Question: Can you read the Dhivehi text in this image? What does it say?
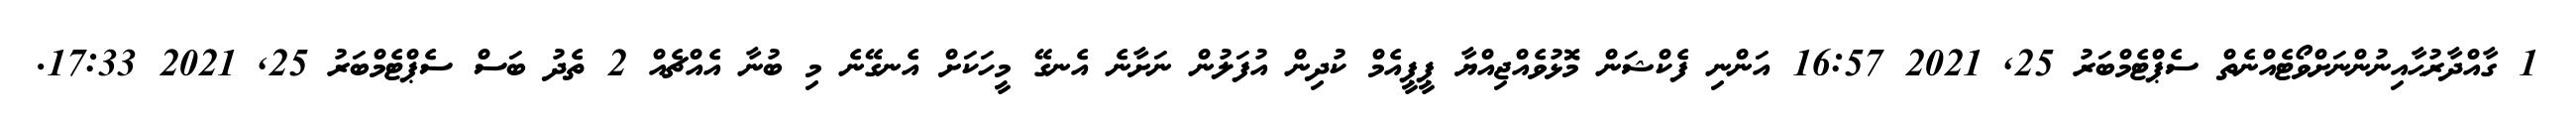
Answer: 1 ގާއްދާރުޙާއިނުންނަށްވޯޓެއްނެތް ސެޕްޓެމްބަރު 25, 2021 16:57 އަންނި ފެކްޝަން މޮޅުވެއްޖިއްޔާ ޕީޕީއެމް ކުދިން އުފަލުން ނަށާނެ އެނގޭ މީހަކަށް އެނގޭނެ މި ބުނާ އެއްޗެއް 2 ތެދު ބަސް ސެޕްޓެމްބަރު 25, 2021 17:33.